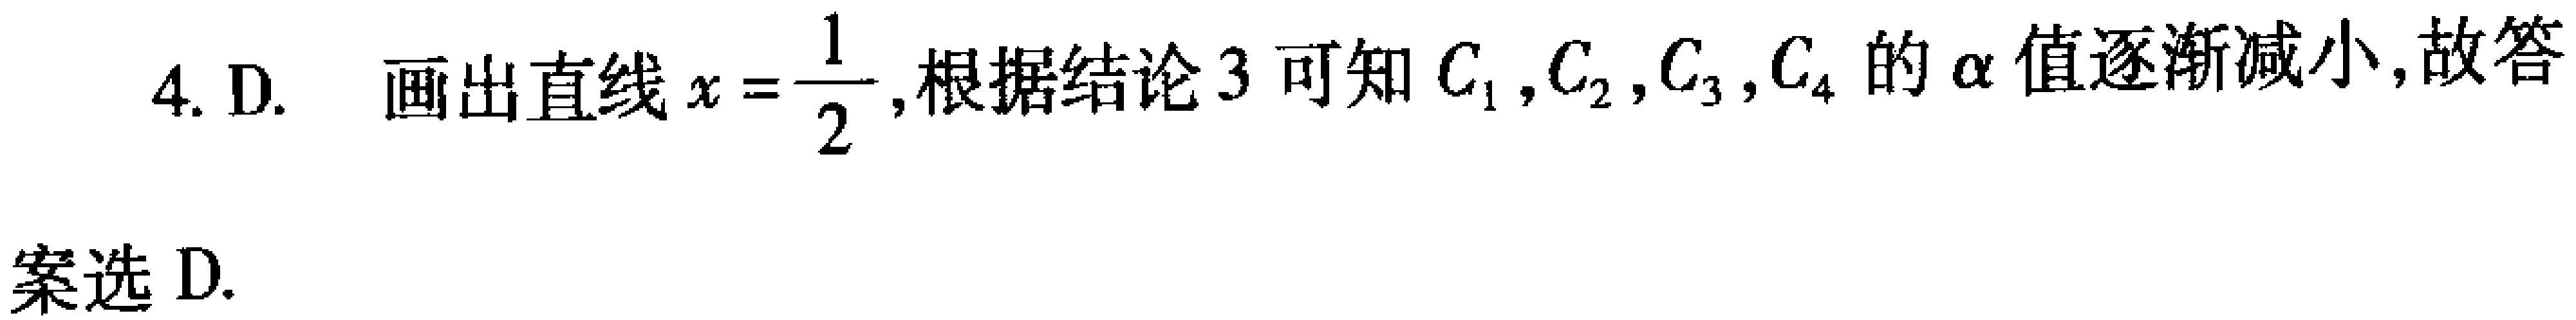
4. D. 画出直线\(x = \frac{1}{2}\),根据结论3可知\(C_{1},C_{2},C_{3},C_{4}\)的\(\alpha\)值逐渐减小,故答案选 D.